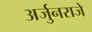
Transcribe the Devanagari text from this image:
अर्जुनराजे